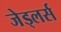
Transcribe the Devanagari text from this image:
जेड्लर्स